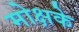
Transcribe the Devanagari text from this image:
मोक्षके